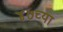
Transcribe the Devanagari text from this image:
४७च्या